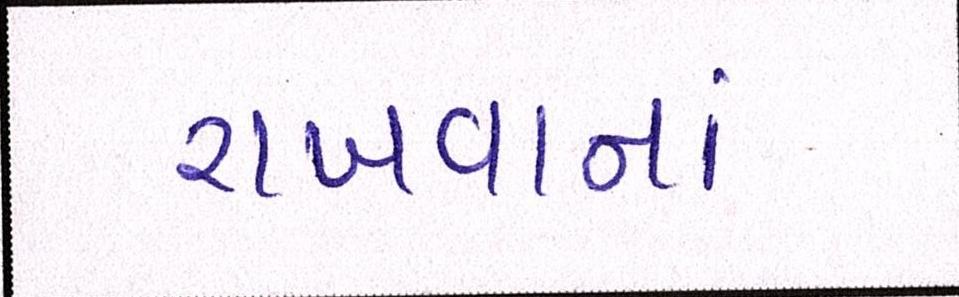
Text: રાખવાનાં